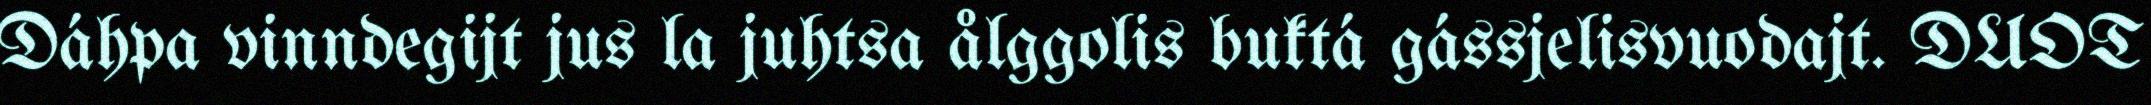
Dáhpa vinndegijt jus la juhtsa ålggolis buktá gássjelisvuodajt. DUOT